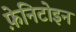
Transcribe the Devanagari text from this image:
फ़ेनिटोइन